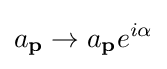
a_{\mathbf {p} }\to a_{\mathbf {p} }e^{i\alpha }